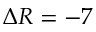
\Delta R = - 7